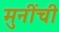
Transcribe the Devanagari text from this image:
मुनींची